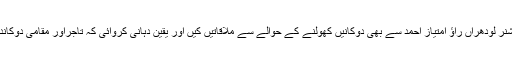
پی ٹی آئی کے ضلعی رہنما رانا ارسلان نے متعد د بار ڈپٹی کمشنر لودھراں راؤ امتیاز احمد سے بھی دوکانیں کھولنے کے حوالے سے ملاقاتیں کیں اور یقین دہانی کروائی کہ تاجراور مقامی دوکاندار ضلعی انتظامیہ کی جانب سے طے کردہ کرایہ ادا کرینگے ۔